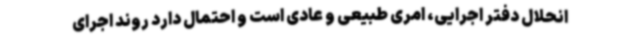
انحلال دفتر اجرایی، امری طبیعی و عادی است و احتمال دارد روند اجرای